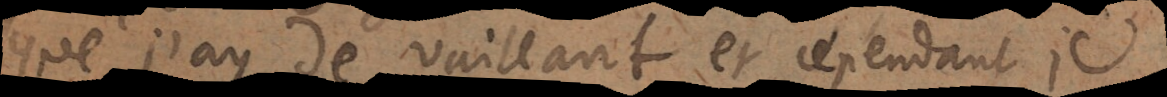
que j’ay de vaillant et cependant je